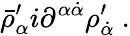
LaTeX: \bar{\rho}_{\alpha}^{\prime}i\partial^{\alpha\dot{\alpha}}\rho_{\dot{\alpha}}^{\prime}\ .